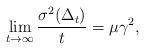
LaTeX: \begin{align*}\lim_{t \to \infty} \frac{ \sigma^2(\Delta_t)}{t} = \mu \gamma^2,\end{align*}